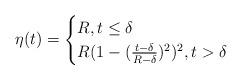
LaTeX: \begin{align*}\eta(t)=\begin{cases}R,t\leq \delta\\R(1-(\frac{t-\delta}{R-\delta})^2)^2, t> \delta\end{cases}\end{align*}